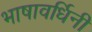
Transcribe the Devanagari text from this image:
भाषावर्धिनी